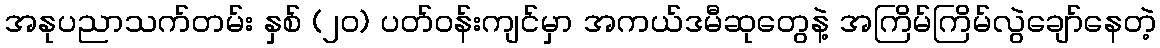
အနုပညာသက်တမ်း နှစ် (၂၀) ပတ်ဝန်းကျင်မှာ အကယ်ဒမီဆုတွေနဲ့ အကြိမ်ကြိမ်လွဲချော်နေတဲ့